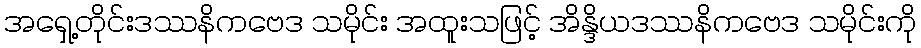
အရှေ့တိုင်းဒဿနိကဗေဒ သမိုင်း အထူးသဖြင့် အိန္ဒိယဒဿနိကဗေဒ သမိုင်းကို